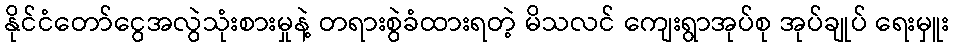
နိုင်ငံတော်ငွေအလွဲသုံးစားမှုနဲ့ တရားစွဲခံထားရတဲ့ မိသလင် ကျေးရွာအုပ်စု အုပ်ချုပ် ရေးမှူး